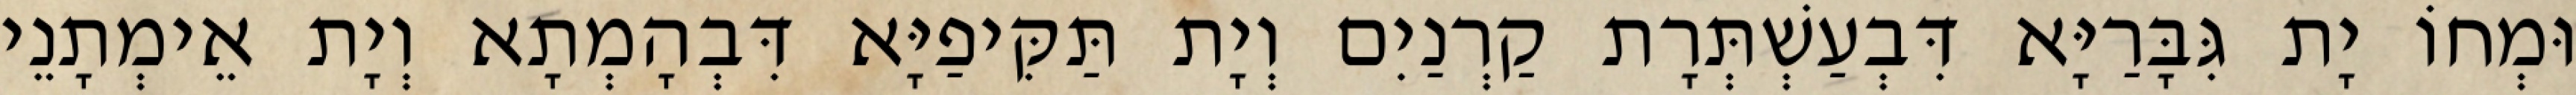
וּמְחוֹ יָת גִּבָּרַיָּא דִּבְעַשְׁתְּרָת קַרְנַיִם וְיָת תַּקִּיפַיָּא דִּבְהָמְתָא וְיָת אֵימְתָנֵי